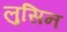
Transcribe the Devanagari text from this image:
लुसिन